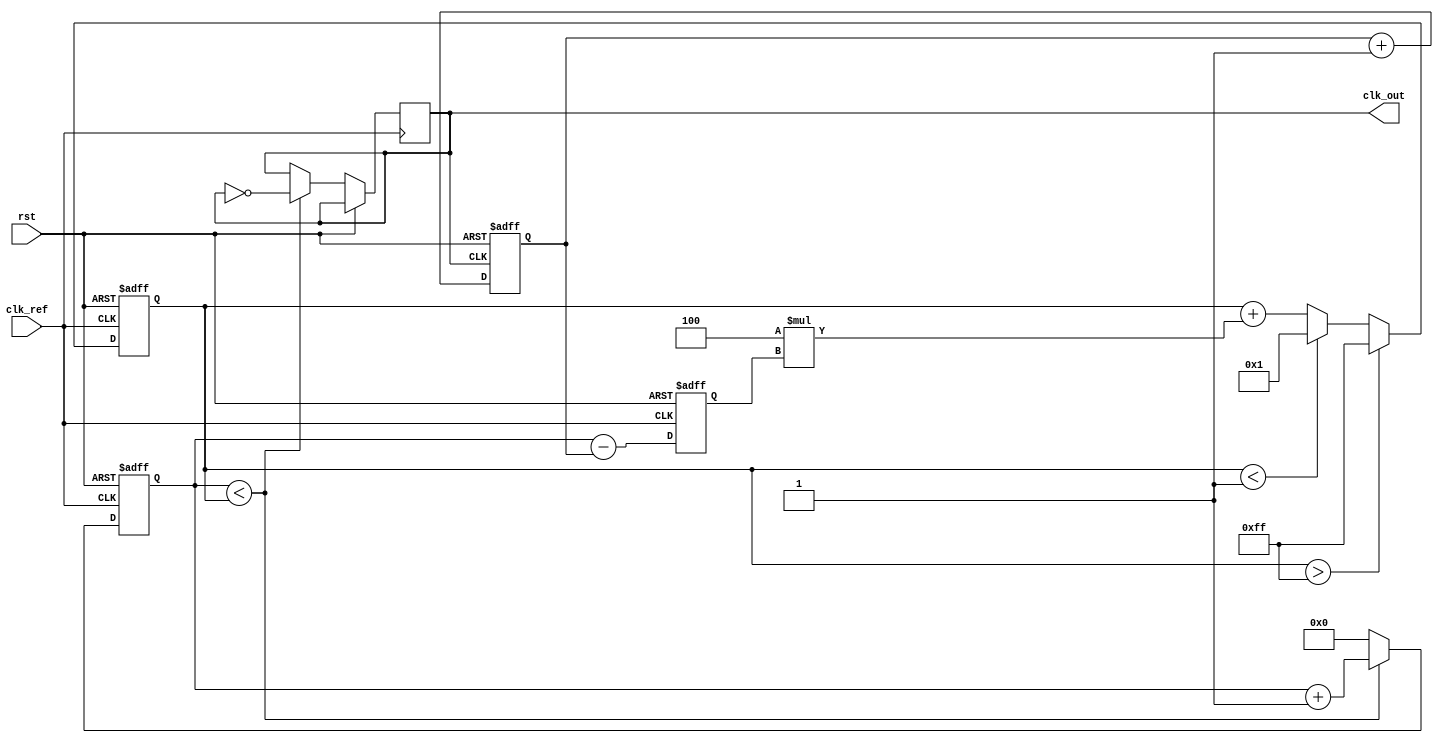
module ADPLL(
    input wire clk_ref,           // Reference clock input
    input wire rst,               // Reset signal
    output wire clk_out           // Output clock signal
);

// Parameters
parameter N = 8;                // Number of bits for counter
parameter FILTER_GAIN = 4;      // Gain for the loop filter
parameter VCO_MAX_FREQ = 255;   // VCO maximum frequency
parameter VCO_MIN_FREQ = 1;     // VCO minimum frequency

// Internal signals
reg [N-1:0] phase_detector_out;  // Output from Phase Detector
reg [N-1:0] loop_filter_out;      // Output from Loop Filter
reg [N-1:0] vco_out;              // Output from VCO
reg [N-1:0] vco_counter;          // VCO Counter
reg [N-1:0] feedback_counter;     // Feedback Counter

// Phase Detector
always @(posedge clk_ref or posedge rst) begin
    if (rst) begin
        phase_detector_out <= 0;
    end else begin
        // Simple phase comparison (ideal case)
        phase_detector_out <= vco_counter - feedback_counter; // Phase error
    end
end

// Loop Filter (Digital PI Filter)
always @(posedge clk_ref or posedge rst) begin
    if (rst) begin
        loop_filter_out <= 0;
    end else begin
        // Proportional part + Integral part
        loop_filter_out <= loop_filter_out + (FILTER_GAIN * phase_detector_out);
        // Clamp the output to avoid overflow (optional)
        if (loop_filter_out > VCO_MAX_FREQ)
            loop_filter_out <= VCO_MAX_FREQ;
        else if (loop_filter_out < VCO_MIN_FREQ)
            loop_filter_out <= VCO_MIN_FREQ;
    end
end

// Voltage-Controlled Oscillator (VCO)
always @(posedge clk_ref or posedge rst) begin
    if (rst) begin
        vco_counter <= 0;
    end else begin
        // Generate output clock based on loop filter output
        if (vco_counter < loop_filter_out) begin
            clk_out <= ~clk_out; // Toggle output clock
            vco_counter <= vco_counter + 1;
        end else begin
            vco_counter <= 0; // Reset the counter
        end
    end
end

// Feedback Path Counter
always @(posedge clk_out or posedge rst) begin
    if (rst) begin
        feedback_counter <= 0;
    end else begin
        // Count the feedback clock cycles
        feedback_counter <= feedback_counter + 1;
    end
end

endmodule